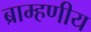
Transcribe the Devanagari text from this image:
ब्राम्हणीय